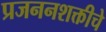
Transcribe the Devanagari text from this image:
प्रजननशक्तीचे